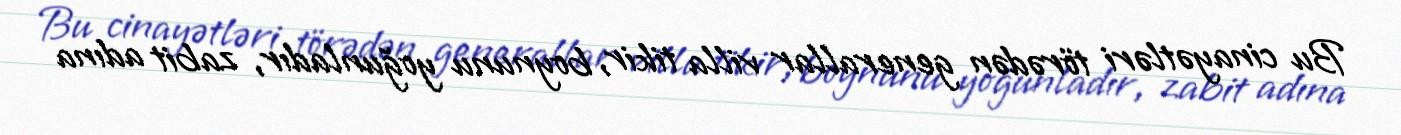
Bu cinayətləri törədən generallar villa tikir, boynunu yoğunladır, zabit adına